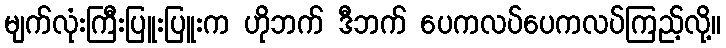
မျက်လုံးကြီးပြူးပြူးက ဟိုဘက် ဒီဘက် ပေကလပ်ပေကလပ်ကြည့်လို့။